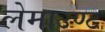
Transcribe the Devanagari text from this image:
लेमाउण्ट